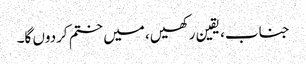
جناب، یقین رکھیں، میں ختم کردوں گا۔